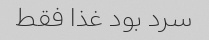
سرد بود غذا فقط